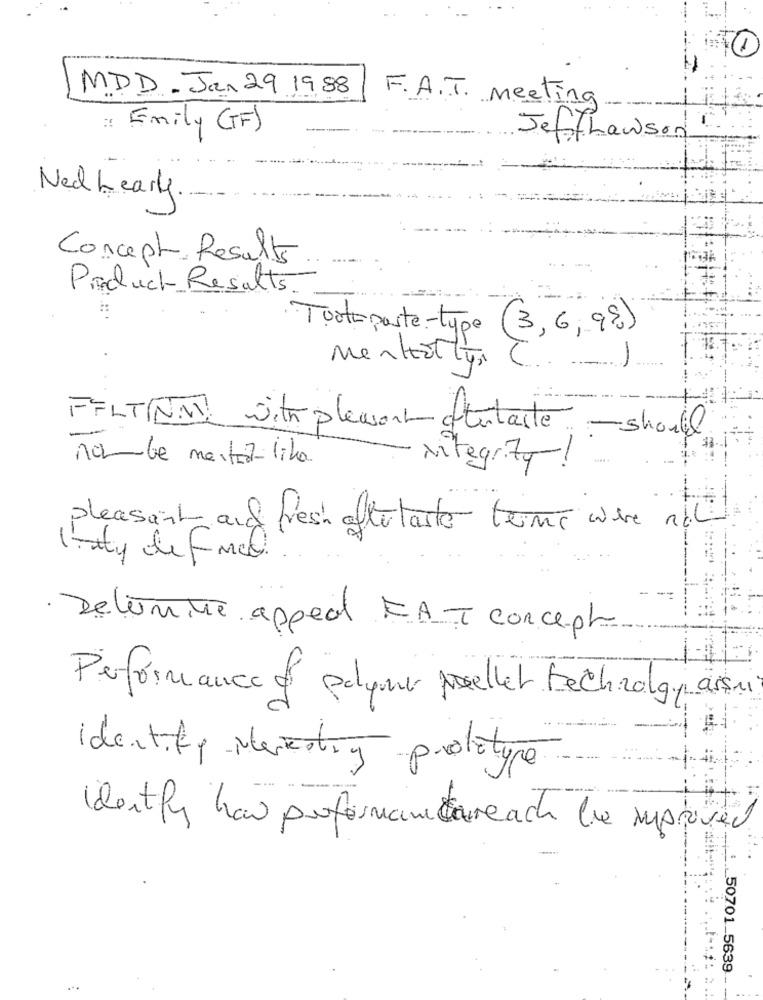
MDD - Jan 29 1988
F.A.T. Meeting
: Emily (TF)
JeffLawson
Ned Learly.
Concept Results
Product_ Results.
Toothpaste-type
(3,6,9%)
mentally.
FILTINAT with plewort aftertaste - should
-
non-be mester-lika
-integrity!
pleasant and fresh aftertaste terne were not
raty de Free.
· Delimite appeal FAT concepto
Performance & polymer pellet technology assu
Ep- Meeting prototype
Identify han proformantareach be improved
._ 50701_5639